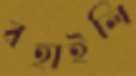
বহাইলি